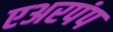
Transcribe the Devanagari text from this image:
एअरपंप